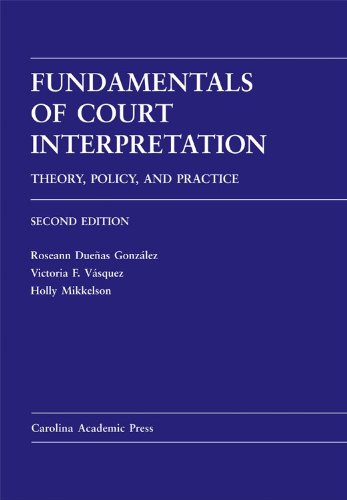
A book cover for Fundamentals of Court Interpretation: Theory, Policy and Practice: Second Edition; Roseann D. Gonzalez; Law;